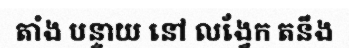
តាំង បន្ទាយ នៅ លង្វែក តនឹង